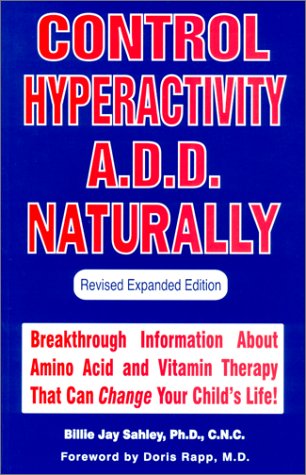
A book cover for Control Hyperactivity A. D. D. Naturally; Billie J. Sahley; Parenting & Relationships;